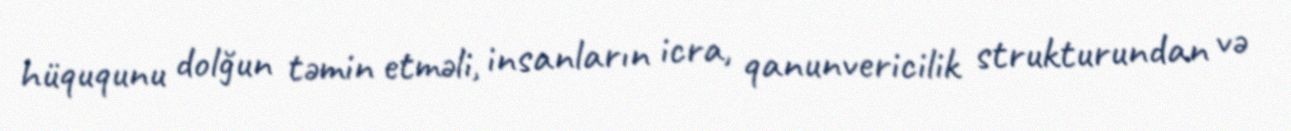
hüququnu dolğun təmin etməli, insanların icra, qanunvericilik strukturundan və